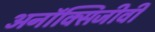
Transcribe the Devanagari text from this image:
अनॉक्सिजीवी